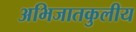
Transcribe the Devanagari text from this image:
अभिजातकुलीय